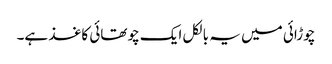
چوڑائی میں یہ بالکل ایک چوتھائی کاغذ ہے۔